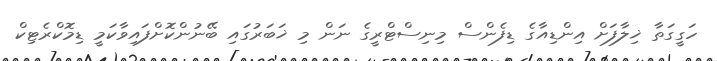
ހަގީގަތާ ޚިލާފަށް އިންޑިއާގެ ޑިފެންސް މިނިސްޓްރީގެ ނަން މި ޚަބަރުގައި ބޭނުންކޮށްފައިވާކަމީ ޑިމޮކްރެޓިކް